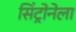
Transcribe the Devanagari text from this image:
सिंट्रोनेला